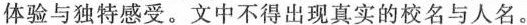
体验与独特感受。文中不得出现真实的校名与人名。